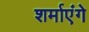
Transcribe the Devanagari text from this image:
शर्माएंगे